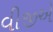
વીજીએ